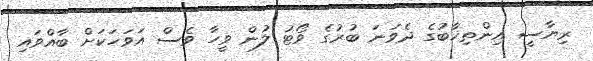
ރިޔާސީ އިންތިޚާބުގެ ދެވަނަ ބުރުގެ ވޯޓު ލުން ވީހާ ވެސް އަވަހަކަށް ބާއްވައި